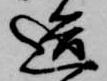
造